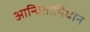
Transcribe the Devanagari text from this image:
आन्विताभिधान